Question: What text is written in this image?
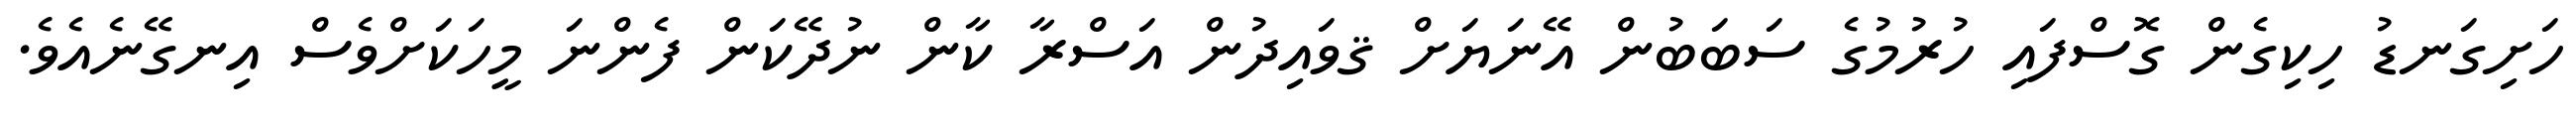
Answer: ހަށިގަނޑު ހިކިގެން ގޮސްފައި ހުރުމުގެ ސަބަބުން އޭނަޔަށް ޤވައިދުން އަސްރާ ކާން ނުދޭކަން ފެންނަ މީހަކަށްވެސް އިނގޭނެއެވެ.